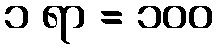
၁ ရာ = ၁၀၀